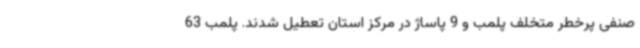
صنفی پرخطر متخلف پلمب و 9 پاساژ در مرکز استان تعطیل شدند. پلمب 63